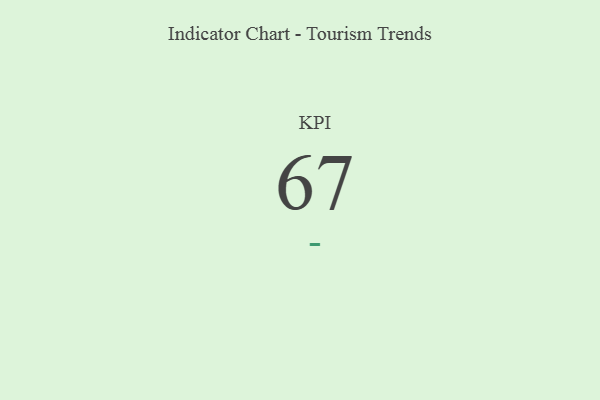
{"axis": {"x": "KPI", "y": "Value"}, "legend": [""], "data": [{"x": "KPI", "y": 67, "type": ""}]}